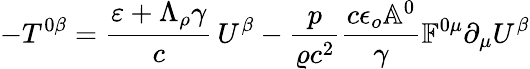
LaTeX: -T^{0\beta}=\frac{\varepsilon+\Lambda_{\rho}\gamma}{c}\, U^{\beta}-\frac{p}{\varrho c^{2}}\frac{c\epsilon_{o}\mathbb{A}^{0}}{\gamma}\mathbb{F}^{0\mu}\partial_{\mu}U^{\beta}